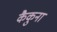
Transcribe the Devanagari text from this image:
कैकुना